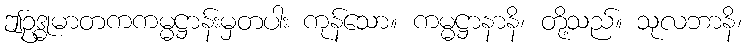
ဤဥဒ္ဓုမာတကကမ္မဋ္ဌာန်းမှတပါး ကုန်သော။ ကမ္မဋ္ဌာနာနိ၊ တို့သည်။ သုလဘာနိ၊